Preliminary report on the killing of rats and rat fleas by hydrocyanic acid gas - Number 38
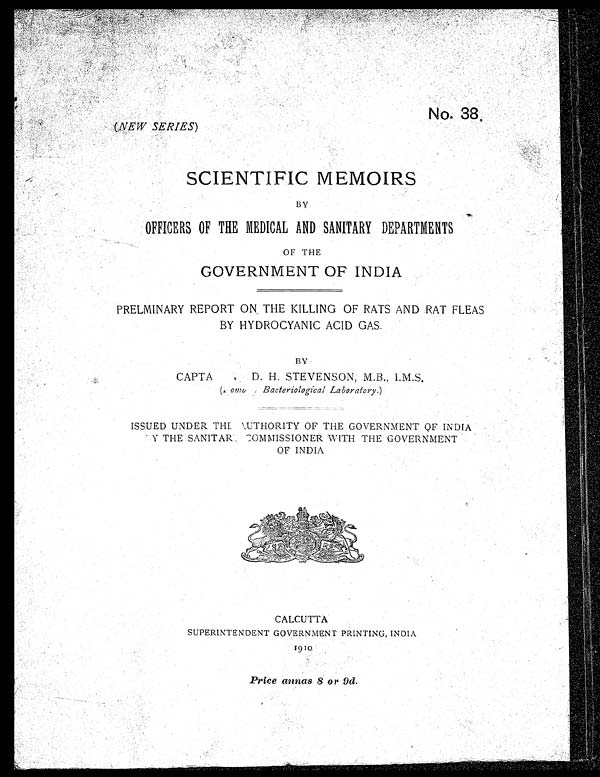
(NEW SERIES)
No. 38.
SCIENTIFIC MEMOIRS
BY
OFFICERS OF THE MEDICAL AND SANITARY DEPARTMENTS
OF THE
GOVERNMENT OF INDIA
PRELIMINARY REPORT ON . THE KILLING OF RATS AND RAT FLEAS
BY HYDROCYANIC ACID GAS.
BY
CAPTA[ILL] D. H. STEVENSON, M.B., I.M.S
.
([ILL] Bacteriological Laboratory.)
ISSUED UNDER THE AUTHORITY OF THE GOVERNMENT OF INDIA
BY THE SANITAR COMMISSIONER WITH THE GOVERNMENT
OF INDIA
CALCUTTA
SUPERINTENDENT GOVERNMENT PRINTING, INDIA
Price annas 8 or 9d.